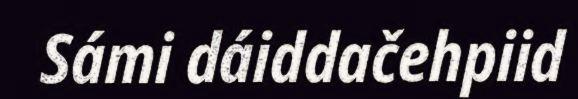
Sámi dáiddačehpiid